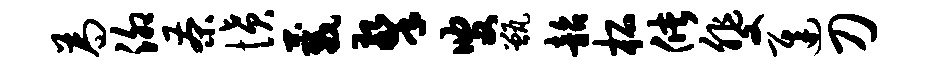
为泖茶愤葳擎叟甑韶柘储斐迟刀